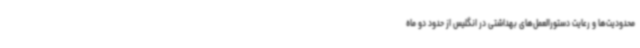
محدودیت‌ها و رعایت دستورالعمل‌های بهداشتی در انگلیس از حدود دو ماه